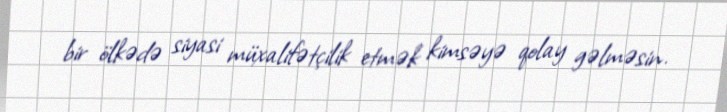
bir ölkədə siyasi müxalifətçilik etmək kimsəyə qolay gəlməsin.